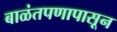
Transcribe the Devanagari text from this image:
बाळंतपणापासून